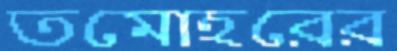
তমোহরের